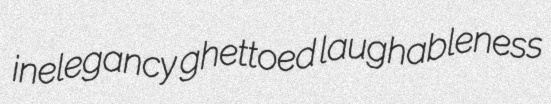
inelegancy ghettoed laughableness